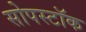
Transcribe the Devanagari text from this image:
सोपस्टॉक